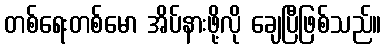
တစ်ရေးတစ်မော အိပ်နားဖို့လို ချေပြီဖြစ်သည်။